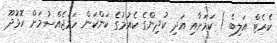
ކެރެޓް އަލިބެ ) ކަމަށާއި އަދި ކުދިންގެ ކެއުމުގެ ކަންކަން ހަމަޖެއްސުމަށް ހޮޅުދޫ